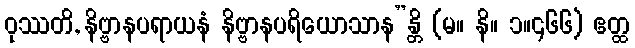
ဝုဿတိ, နိဗ္ဗာနပရာယနံ နိဗ္ဗာနပရိယောသာန”န္တိ (မ။ နိ။ ၁။၄၆၆) ဧတ္ထ